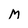
Character: M